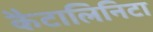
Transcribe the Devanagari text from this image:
कैटालिनिटा